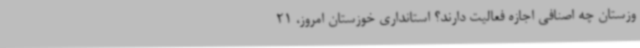
وزستان چه اصنافی اجازه فعالیت دارند؟ استانداری خوزستان امروز، 21